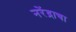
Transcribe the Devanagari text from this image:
नरेंद्राचा